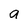
Character: a